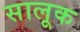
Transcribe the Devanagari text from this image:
सालूक